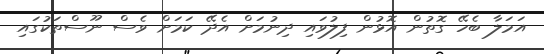
އަމަލާ ބެހޭ ގޮތުން އޮޅުން ފިލުވައި ދިނުމަށް އެދޭ ކަމަށް ވެސް ނޫސްތަކުގައި